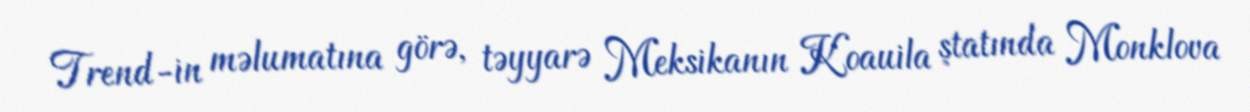
Trend-in məlumatına görə, təyyarə Meksikanın Koauila ştatında Monklova